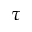
\tau